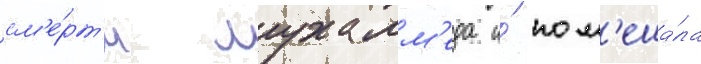
см'е́рт'и мухамм'еда и́ пом'еша́ла